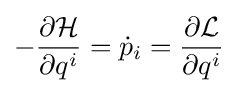
-{\frac {\partial {\mathcal {H}}}{\partial q^{i}}}={\dot {p}}_{i}={\frac {\partial {\mathcal {L}}}{\partial q^{i}}}